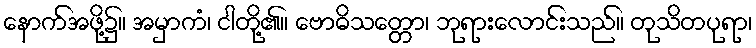
နောက်အဖို့၌။ အမှာကံ၊ ငါတို့၏။ ဗောဓိသတ္တော၊ ဘုရားလောင်းသည်။ တုသိတပုရာ၊